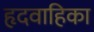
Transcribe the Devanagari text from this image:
हृदवाहिका